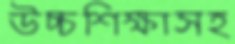
উচ্চশিক্ষাসহ